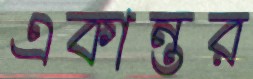
একান্তর